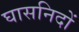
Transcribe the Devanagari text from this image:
घासनिदों